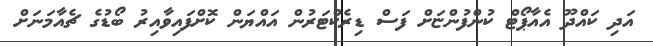
އަދި ކައްދޫ އެއާޕޯޓް ކުންފުންޏަށް ފަސް ޑިރެކްޓަރުން އައްޔަން ކޮށްފައިވާއިރު ބޯޑުގެ ޗެއާމަނަށް